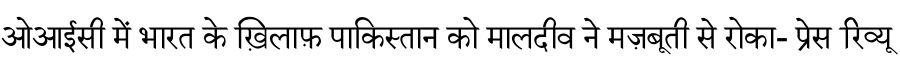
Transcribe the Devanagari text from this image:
ओआईसी में भारत के ख़िलाफ़ पाकिस्तान को मालदीव ने मज़बूती से रोका- प्रेस रिव्यू